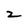
Character: z